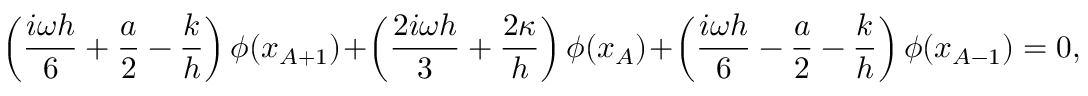
\left( \frac { i \omega h } { 6 } + \frac { a } { 2 } - \frac { k } { h } \right) \phi ( x _ { A + 1 } ) + \left( \frac { 2 i \omega h } { 3 } + \frac { 2 \kappa } { h } \right) \phi ( x _ { A } ) + \left( \frac { i \omega h } { 6 } - \frac { a } { 2 } - \frac { k } { h } \right) \phi ( x _ { A - 1 } ) = 0 ,